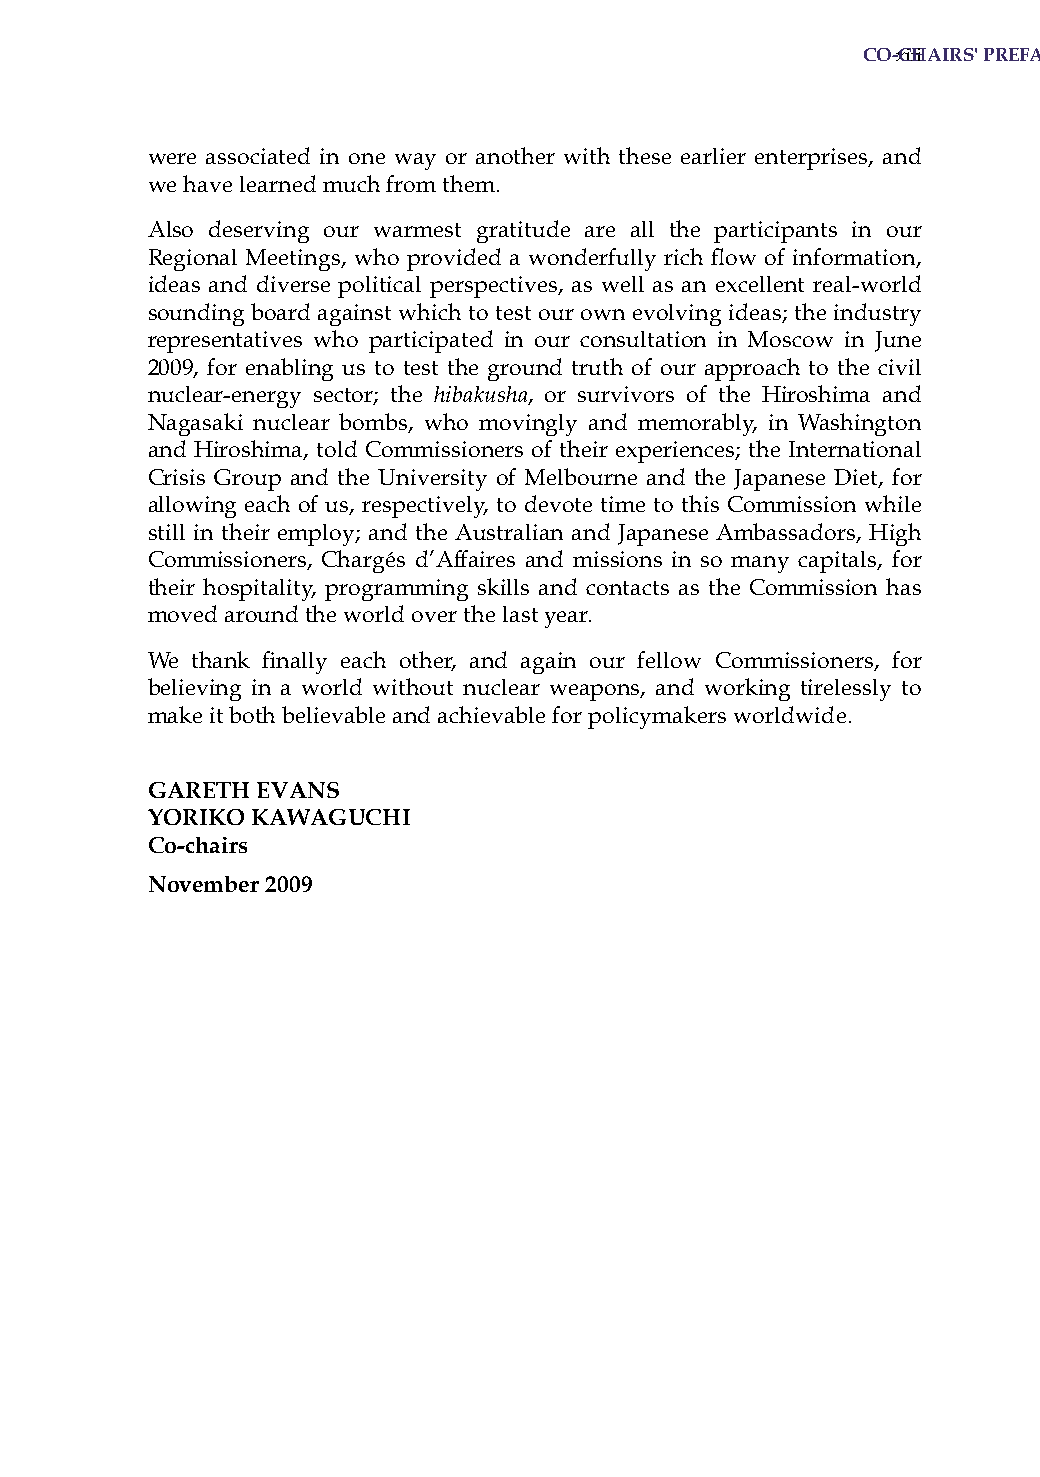
co-xciihiairs' Preface
 were associated in one way or another with these earlier enterprises, and
 we have learned much from them.
 also deserving our warmest gratitude are all the participants in our
 Regional Meetings, who provided a wonderfully rich flow of information,
 ideas and diverse political perspectives, as well as an excellent real-world
 sounding board against which to test our own evolving ideas; the industry
 representatives who participated in our consultation in Moscow in June
 2009, for enabling us to test the ground truth of our approach to the civil
 nuclear-energy sector; the hibakusha, or survivors of the hiroshima and
 Nagasaki nuclear bombs, who movingly and memorably, in Washington
 and hiroshima, told Commissioners of their experiences; the international
 Crisis Group and the University of Melbourne and the Japanese Diet, for
 allowing each of us, respectively, to devote time to this Commission while
 still in their employ; and the australian and Japanese ambassadors, high
 Commissioners, Chargés d’affaires and missions in so many capitals, for
 their hospitality, programming skills and contacts as the Commission has
 moved around the world over the last year.
 We thank finally each other, and again our fellow Commissioners, for
 believing in a world without nuclear weapons, and working tirelessly to
 make it both believable and achievable for policymakers worldwide.
 Gareth evans
 Yoriko kawaGuchi
 co-chairs
 november 2009